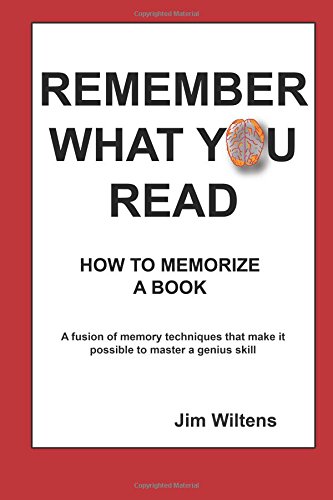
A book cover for Remember What You Read: How to Memorize a Book; Mr. Jim Wiltens; Self-Help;